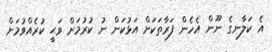
އެ ކަލާނގެ ނޫން އެހެން ފަރާތަކަށް އަޅުކަން ނު ކުރުމަށް ވަޙީ ކުރެއްވުމަށް